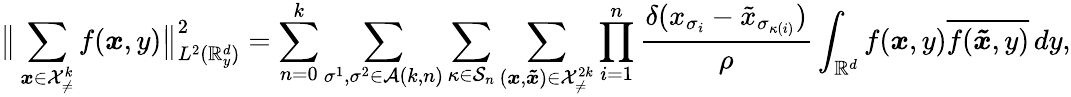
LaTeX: \big\lVert\sum_{\boldsymbol{x}\in\mathcal{X}_{\neq}^{k}}f(\boldsymbol{x},y)\big\rVert_{L^{2}(\mathbb{R}_{y}^{d})}^{2}=\sum_{n=0}^{k}\sum_{\sigma^{1},\sigma^{2}\in\mathcal{A}(k,n)}\sum_{\kappa\in\mathcal{S}_{n}}\sum_{(\boldsymbol{x},\boldsymbol{\tilde{x}})\in\mathcal{X}_{\neq}^{2k}}\prod_{i=1}^{n}\frac{\delta(x_{\sigma_{i}}-\tilde{x}_{\sigma_{\kappa(i)}})}{\rho}\int_{\mathbb{R}^{d}}f(\boldsymbol{x},y)\overline{{f(\boldsymbol{\tilde{x}},y)}}\, dy,